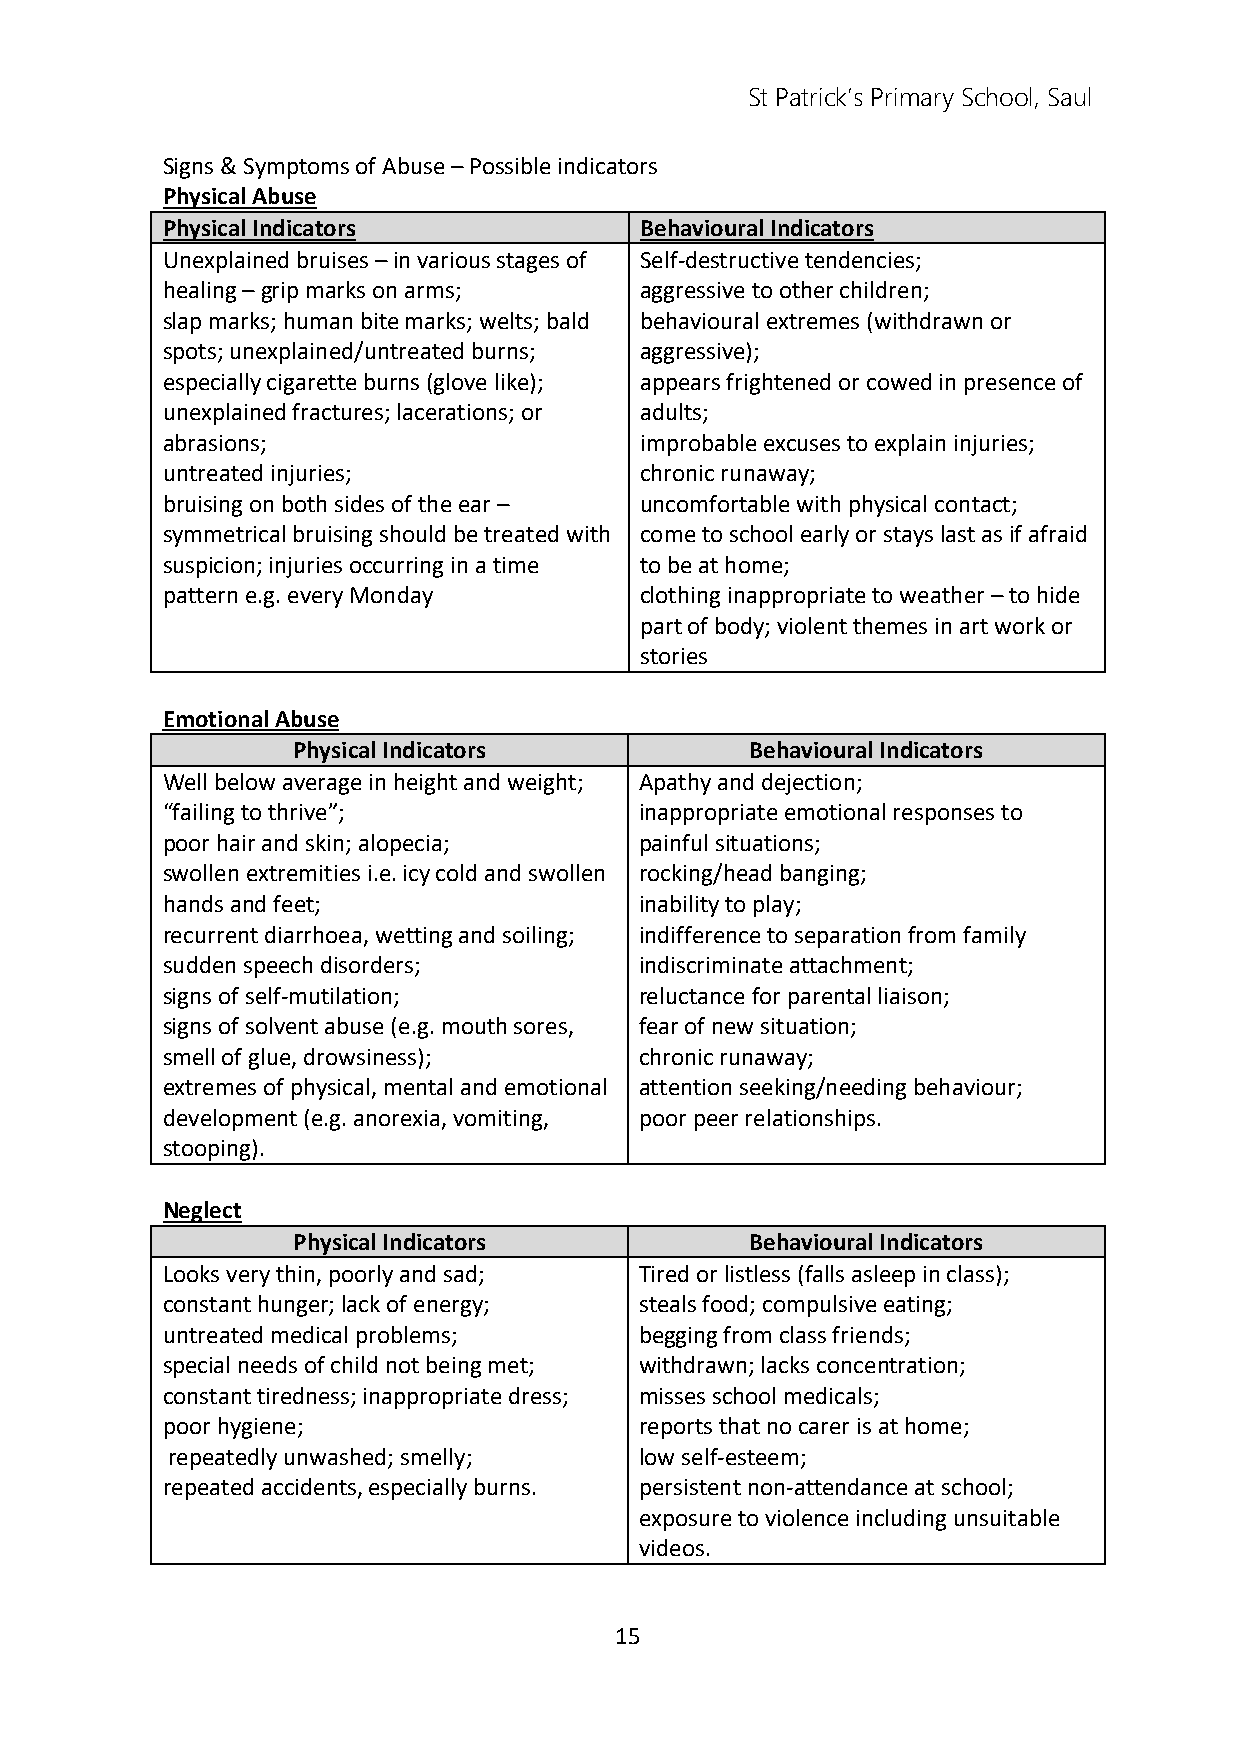
St Patrick’s Primary School, Saul
 Signs & Symptoms of Abuse – Possible indicators
 Physical Abuse
 Physical Indicators            Behavioural Indicators
 Unexplained bruises – in various stages of Self-destructive tendencies;
 healing – grip marks on arms;  aggressive to other children;
 slap marks; human bite marks; welts; bald behavioural extremes (withdrawn or
 spots; unexplained/untreated burns; aggressive);
 especially cigarette burns (glove like); appears frightened or cowed in presence of
 unexplained fractures; lacerations; or adults;
 abrasions;                     improbable excuses to explain injuries;
 untreated injuries;            chronic runaway;
 bruising on both sides of the ear – uncomfortable with physical contact;
 symmetrical bruising should be treated with come to school early or stays last as if afraid
 suspicion; injuries occurring in a time to be at home;
 pattern e.g. every Monday      clothing inappropriate to weather – to hide
 part of body; violent themes in art work or
 stories
 Emotional Abuse
 Physical Indicators            Behavioural Indicators
 Well below average in height and weight; Apathy and dejection;
 “failing to thrive”;           inappropriate emotional responses to
 poor hair and skin; alopecia;  painful situations;
 swollen extremities i.e. icy cold and swollen rocking/head banging;
 hands and feet;                inability to play;
 recurrent diarrhoea, wetting and soiling; indifference to separation from family
 sudden speech disorders;       indiscriminate attachment;
 signs of self-mutilation;      reluctance for parental liaison;
 signs of solvent abuse (e.g. mouth sores, fear of new situation;
 smell of glue, drowsiness);    chronic runaway;
 extremes of physical, mental and emotional attention seeking/needing behaviour;
 development (e.g. anorexia, vomiting, poor peer relationships.
 stooping).
 Neglect
 Physical Indicators            Behavioural Indicators
 Looks very thin, poorly and sad; Tired or listless (falls asleep in class);
 constant hunger; lack of energy; steals food; compulsive eating;
 untreated medical problems;    begging from class friends;
 special needs of child not being met; withdrawn; lacks concentration;
 constant tiredness; inappropriate dress; misses school medicals;
 poor hygiene;                  reports that no carer is at home;
 repeatedly unwashed; smelly;   low self-esteem;
 repeated accidents, especially burns. persistent non-attendance at school;
 exposure to violence including unsuitable
 videos.
 15